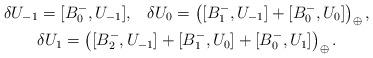
LaTeX: \begin{gather*}\delta U_{-1} = [B_0^-,U_{-1}], \;\;\; \delta U_0 = \left([B_1^-,U_{-1}] + [B_0^-,U_0]\right)_{\oplus}, \\\delta U_1 = \left([B_2^-,U_{-1}]+[B_1^-,U_0]+[B_0^-,U_1]\right)_{\oplus}.\end{gather*}